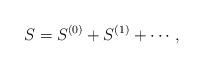
LaTeX: \begin{align*}S=S^{(0)}+S^{(1)}+\cdots ,\end{align*}